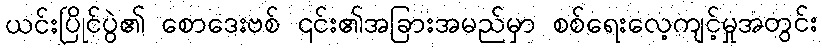
ယင်းပြိုင်ပွဲ၏ စောဒေးဗစ် ၎င်း၏အခြားအမည်မှာ စစ်ရေးလေ့ကျင့်မှုအတွင်း